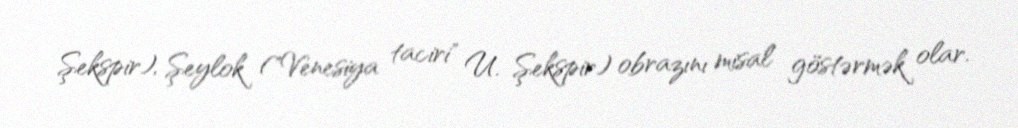
Şekspir), Şeylok ("Venesiya taciri" U. Şekspir) obrazını misal göstərmək olar.